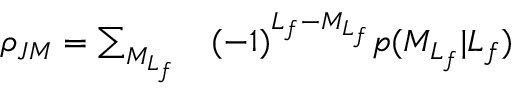
\begin{array} { r l } { \rho _ { J M } = \sum _ { { M } _ { L _ { f } } } } & { { } ( - 1 ) ^ { L _ { f } - { M } _ { L _ { f } } } p ( { M } _ { L _ { f } } \vert L _ { f } ) } \end{array}